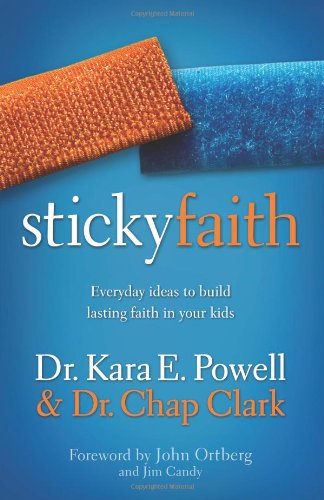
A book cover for Sticky Faith: Everyday Ideas to Build Lasting Faith in Your Kids; Kara E. Powell; Christian Books & Bibles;